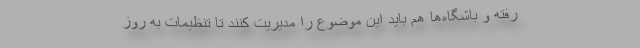
رفته و باشگاه‌ها هم باید این موضوع را مدیریت کنند تا تنظیمات به روز